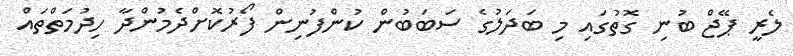
ލެރީ ޕޭޖް ބުނި ގޮތުގައި މި ބަދަލުގެ ސަބަބުން ކުންފުނިން ފޯރުކޮށްދެމުންދާ ހިދުމަތްތައް